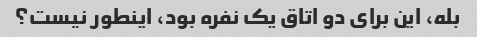
بله، این برای دو اتاق یک نفره بود، اینطور نیست؟